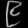
Digit: ၉